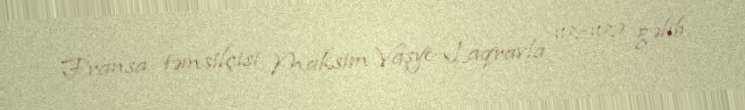
Fransa təmsilçisi Maksim Vaşye-Laqravla üz-üzə gəlib.